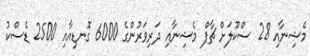
މެޝިނާއި 28 ސްކޫލަށް ޗާޕް މެޝިނާއި ދަރިވަރުންގެ 6000 ގޮނޑިއާއި 2500 ޑެސްކު